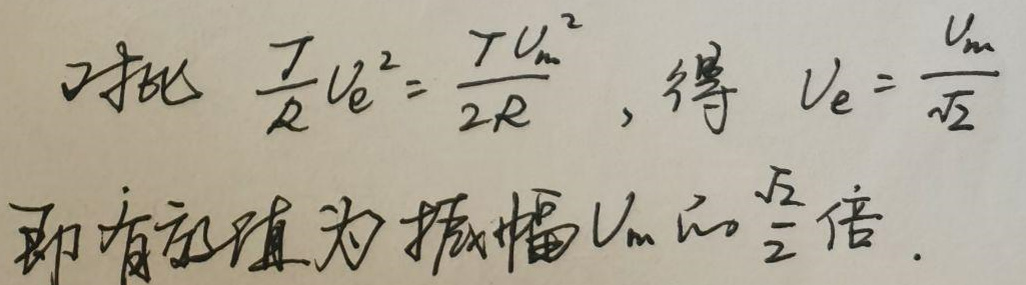
对比 $\frac{1}{R}U_{e}^{2}=\frac{1}{2R}U_{m}^{2}$，得 $U_{e}=\frac{U_{m}}{\sqrt{2}}$，即有效值为振幅 $U_{m}$ 的 $\frac{\sqrt{2}}{2}$ 倍。